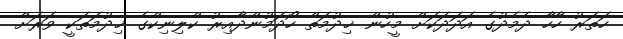
ހަތަރު ހާހާ ދެމެދުގެ އަދަދަކަށް މީހުން ޚިދުމަތް ހޯދަމުންދާއިރު ކްލިނިކްގެ ޚިދުމަތަކީ ވަރަށް